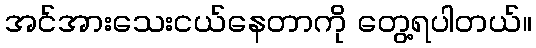
အင်အားသေးငယ်နေတာကို တွေ့ရပါတယ်။